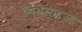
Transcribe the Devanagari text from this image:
सिथेसाइज्ड